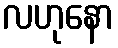
လဟုနော